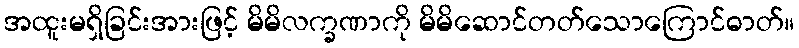
အထူးမရှိခြင်းအားဖြင့် မိမိလက္ခဏာကို မိမိဆောင်တတ်သောကြောင်ဓာတ်။